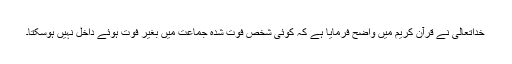
خداتعالیٰ نے قرآن کریم میں واضح فرمایا ہے کہ کوئی شخص فوت شدہ جماعت میں بغیر فوت ہوئے داخل نہیں ہوسکتا۔